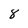
Character: 8